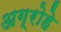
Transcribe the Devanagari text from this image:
अग्रोहे